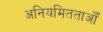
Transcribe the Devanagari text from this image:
अनियमितताओँ